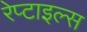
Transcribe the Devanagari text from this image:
रेप्टाइल्स